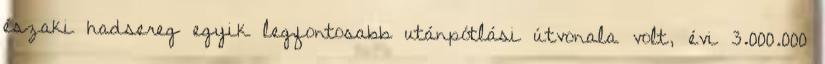
északi hadsereg egyik legfontosabb utánpótlási útvonala volt, évi 3.000.000